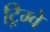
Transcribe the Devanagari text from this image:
ट्रिग्वे